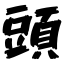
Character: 頭